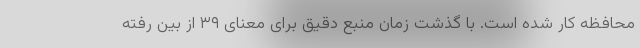
محافظه کار شده است. با گذشت زمان منبع دقیق برای معنای ۳۹ از بین رفته